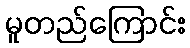
မူတည်ကြောင်း